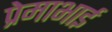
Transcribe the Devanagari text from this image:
प्रेमाभाई